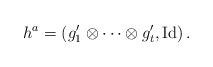
LaTeX: \begin{align*}h^a = \left( g'_1 \otimes \cdots \otimes g'_t , \operatorname{Id} \right).\end{align*}